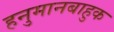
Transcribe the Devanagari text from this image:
हनुमानबाहुक